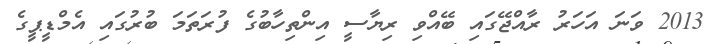
2013 ވަނަ އަހަރު ރާއްޖޭގައި ބޭއްވި ރިޔާސީ އިންތިހާބުގެ ފުރަތަމަ ބުރުގައި އެމްޑީޕީގެ